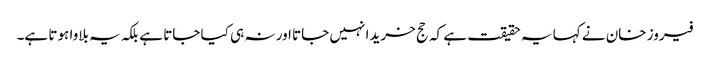
فیروز خان نے کہا یہ حقیقت ہے کہ حج خریدا نہیں جاتا اور نہ ہی کیا جاتا ہے بلکہ یہ بلاوا ہوتا ہے۔